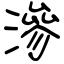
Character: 滲